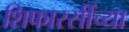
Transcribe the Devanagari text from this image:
शिफारसींच्या